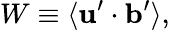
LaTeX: W\equiv\langle{{\mathbf{u}}^{\prime}\cdot{\mathbf{b}}^{\prime}}\rangle,